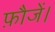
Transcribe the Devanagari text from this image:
फ़ौजें।